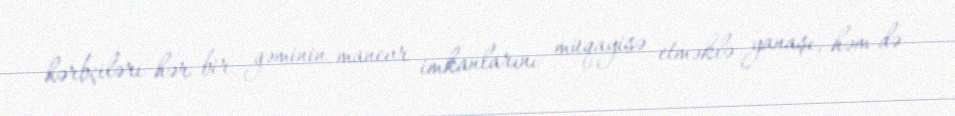
hərbçiləri hər bir gəminin manevr imkanlarını müqayisə etməklə yanaşı, həm də